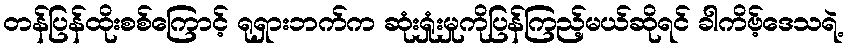
တန်ပြန်ထိုးစစ်ကြောင့် ရုရှားဘက်က ဆုံးရှုံးမှုကိုပြန်ကြည့်မယ်ဆိုရင် ခါကိဗ့်ဒေသရဲ့